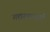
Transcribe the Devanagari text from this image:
गद्यरचनाएँ